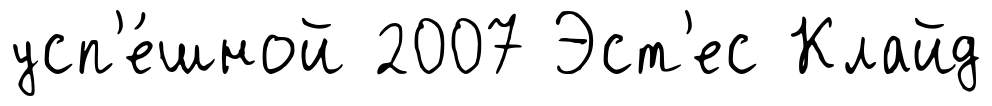
усп'е́шной 2007 Эст'ес Клайд